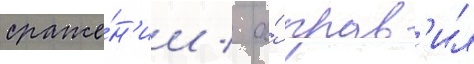
сраже́н'ии / а́ прав'ил